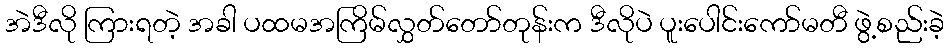
အဲဒီလို ကြားရတဲ့ အခါ ပထမအကြိမ်လွှတ်တော်တုန်းက ဒီလိုပဲ ပူးပေါင်းကော်မတီ ဖွဲ့စည်းခဲ့